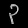
Digit: ၃